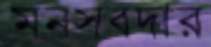
মনসবদার